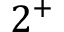
2 ^ { + }